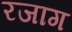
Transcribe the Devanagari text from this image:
रजाग